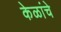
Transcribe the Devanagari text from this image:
केळांचे